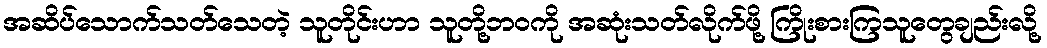
အဆိပ်သောက်သတ်သေတဲ့ သူတိုင်းဟာ သူတို့ဘဝကို အဆုံးသတ်လိုက်ဖို့ ကြိုးစားကြသူတွေချည်းလို့